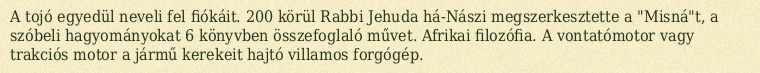
A tojó egyedül neveli fel fiókáit. 200 körül Rabbi Jehuda há-Nászi megszerkesztette a "Misná"t, a szóbeli hagyományokat 6 könyvben összefoglaló művet. Afrikai filozófia. A vontatómotor vagy trakciós motor a jármű kerekeit hajtó villamos forgógép.